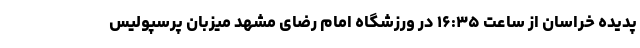
پدیده خراسان از ساعت ۱۶:۳۵ در ورزشگاه امام رضای مشهد میزبان پرسپولیس